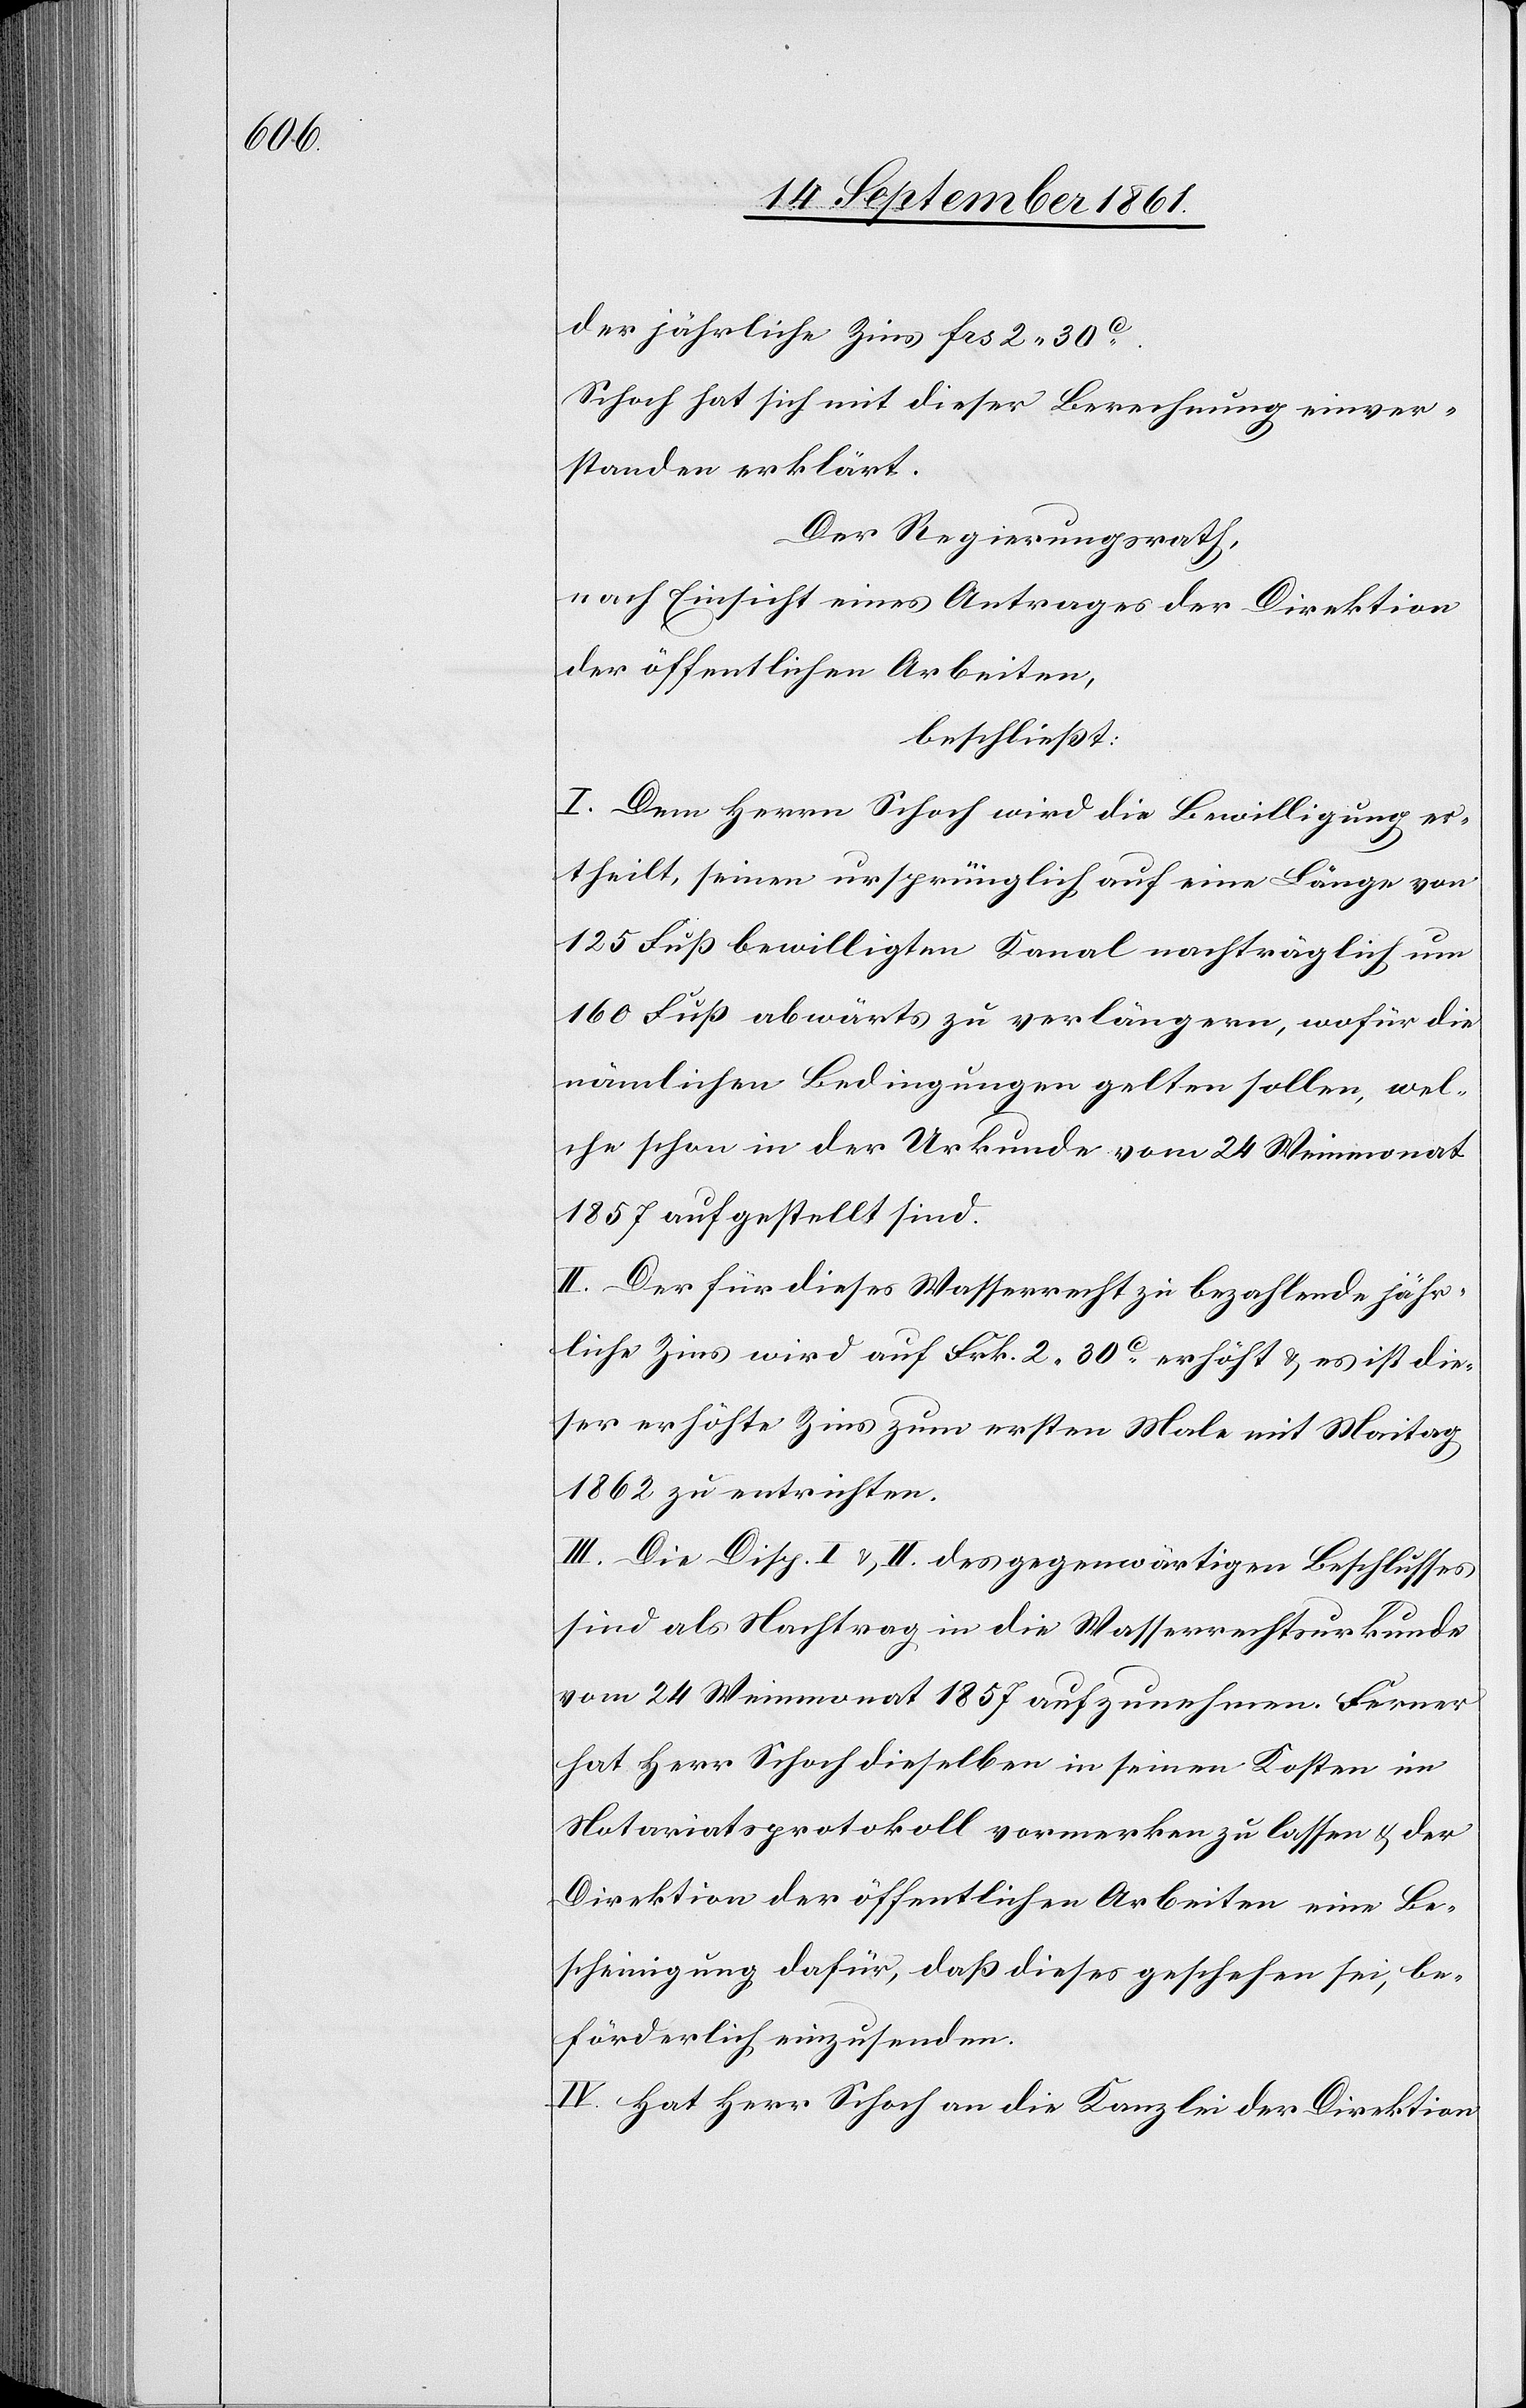
der jährliche Zins frs 2.30c.
Schoch hat sich mit dieser Berechnung einver¬
standen erklärt.
Der Regierungsrath,
nach Einsicht eines Antrages der Direktion
der öffentlichen Arbeiten,
beschließt:
I. Dem Herrn Schoch wird die Bewilligung er¬
theilt, seinen ursprünglich auf eine Länge von
125 Fuß bewilligten Kanal nachträglich um
160 Fuß abwärts zu verlängern, wofür die
nämlichen Bedingungen gelten sollen, wel¬
che schon in der Urkunde vom 24 Weinmonat
1857 aufgestellt sind.
II. Der für dieses Wasserrecht zu bezahlende jähr¬
liche Zins wird auf Frk. 2.30c erhöht u. es ist die¬
ser erhöhte Zins zum ersten Male mit Maitag
1862 zu entrichten.
III. Die Disp. I u. II des gegenwärtigen Beschlusses
sind als Nachtrag in die Wasserrechtsurkunde
vom 24 Weinmonat 1857 aufzunehmen. Ferner
hat Herr Schoch dieselben in seinen Kosten im
Notariatsprotokoll vormerken zu lassen u. der
Direktion der öffentlichen Arbeiten eine Be¬
scheinigung dafür, daß dieses geschehen sei, be¬
förderlich einzusenden.
IV. Hat Herr Schoch an die Kanzlei der Direktion